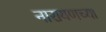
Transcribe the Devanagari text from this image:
नारायणच्या